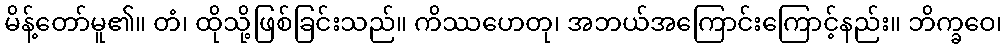
မိန့်တော်မူ၏။ တံ၊ ထိုသို့ဖြစ်ခြင်းသည်။ ကိဿဟေတု၊ အဘယ်အကြောင်းကြောင့်နည်း။ ဘိက္ခဝေ၊